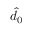
\hat { d } _ { 0 }